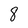
Character: 8